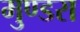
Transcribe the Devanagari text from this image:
मुण्डरा